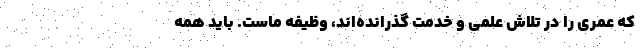
که عمری را در تلاش علمی و خدمت گذرانده‌اند، وظیفه ماست. باید همه